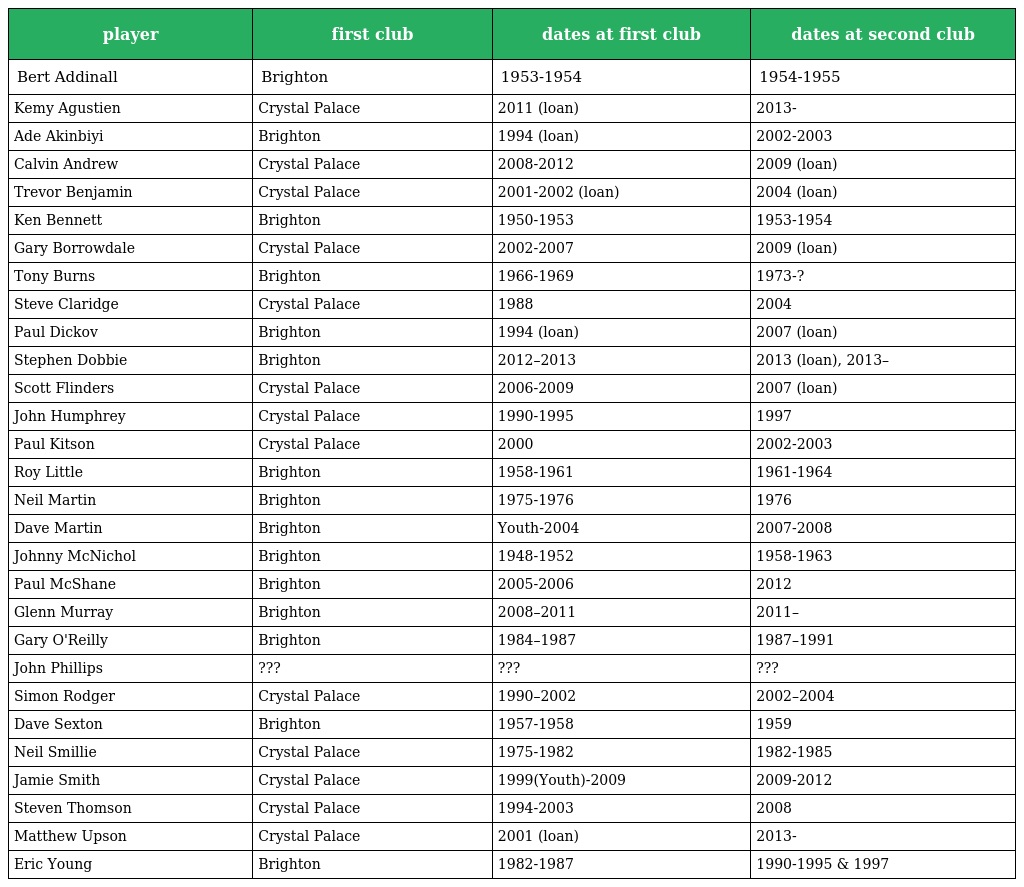
| player | first club | dates at first club | dates at second club |
 | --- | --- | --- | --- |
 | Bert Addinall | Brighton | 1953-1954 | 1954-1955 |
 | Kemy Agustien | Crystal Palace | 2011 (loan) | 2013- |
 | Ade Akinbiyi | Brighton | 1994 (loan) | 2002-2003 |
 | Calvin Andrew | Crystal Palace | 2008-2012 | 2009 (loan) |
 | Trevor Benjamin | Crystal Palace | 2001-2002 (loan) | 2004 (loan) |
 | Ken Bennett | Brighton | 1950-1953 | 1953-1954 |
 | Gary Borrowdale | Crystal Palace | 2002-2007 | 2009 (loan) |
 | Tony Burns | Brighton | 1966-1969 | 1973-? |
 | Steve Claridge | Crystal Palace | 1988 | 2004 |
 | Paul Dickov | Brighton | 1994 (loan) | 2007 (loan) |
 | Stephen Dobbie | Brighton | 2012–2013 | 2013 (loan), 2013– |
 | Scott Flinders | Crystal Palace | 2006-2009 | 2007 (loan) |
 | John Humphrey | Crystal Palace | 1990-1995 | 1997 |
 | Paul Kitson | Crystal Palace | 2000 | 2002-2003 |
 | Roy Little | Brighton | 1958-1961 | 1961-1964 |
 | Neil Martin | Brighton | 1975-1976 | 1976 |
 | Dave Martin | Brighton | Youth-2004 | 2007-2008 |
 | Johnny McNichol | Brighton | 1948-1952 | 1958-1963 |
 | Paul McShane | Brighton | 2005-2006 | 2012 |
 | Glenn Murray | Brighton | 2008–2011 | 2011– |
 | Gary O'Reilly | Brighton | 1984–1987 | 1987–1991 |
 | John Phillips | ??? | ??? | ??? |
 | Simon Rodger | Crystal Palace | 1990–2002 | 2002–2004 |
 | Dave Sexton | Brighton | 1957-1958 | 1959 |
 | Neil Smillie | Crystal Palace | 1975-1982 | 1982-1985 |
 | Jamie Smith | Crystal Palace | 1999(Youth)-2009 | 2009-2012 |
 | Steven Thomson | Crystal Palace | 1994-2003 | 2008 |
 | Matthew Upson | Crystal Palace | 2001 (loan) | 2013- |
 | Eric Young | Brighton | 1982-1987 | 1990-1995 & 1997 |